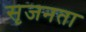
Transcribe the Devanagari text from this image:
सृजनता